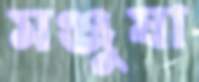
মঞ্জুষা